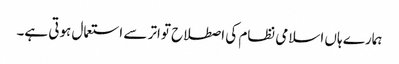
ہمارے ہاں اسلامی نظام کی اصطلاح تواتر سے استعمال ہوتی ہے۔